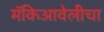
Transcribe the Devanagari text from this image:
मॅकिआवेलीचा